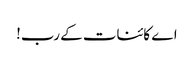
اے کائنات کے رب!